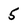
Character: 5